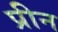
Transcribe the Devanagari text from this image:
प्रीन